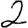
Digit: 2